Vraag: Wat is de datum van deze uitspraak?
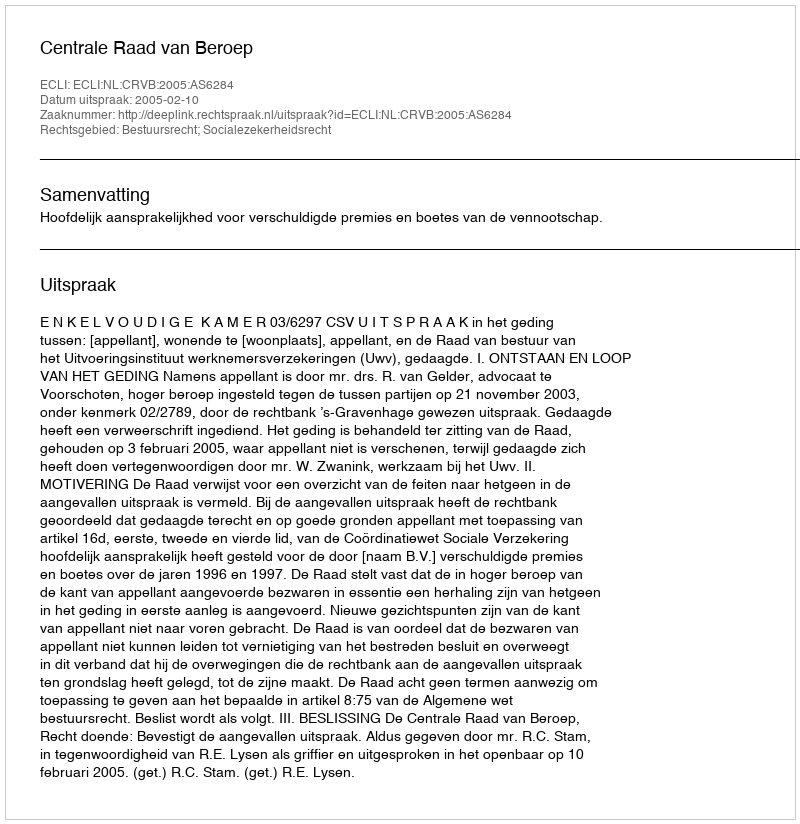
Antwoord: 2005-02-10